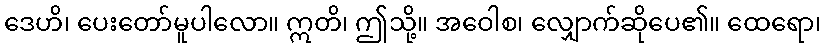
ဒေဟိ၊ ပေးတော်မူပါလော။ ဣတိ၊ ဤသို့။ အဝေါစ၊ လျှောက်ဆိုပေ၏။ ထေရော၊